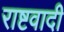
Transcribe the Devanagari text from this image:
राष्टवादी